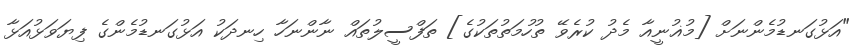
"އަޅުގަނޑުމެންނަށް [މުޣުނީއާ މެދު ކުރެވޭ ތުހުމަތުތަކުގެ] ތަފްސީލުތައް ނާންނަހާ ހިނދަކު އަޅުގަނޑުމެންގެ ފިޔަވަޅުއަޅާ